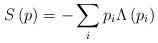
LaTeX: \begin{align*}S\left(p\right)=-\sum_{i}p_{i}\Lambda\left(p_{i}\right) \end{align*}